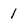
Character: 1